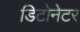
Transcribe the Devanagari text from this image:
डिटोनेटर